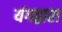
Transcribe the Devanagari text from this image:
यंगद्वारा